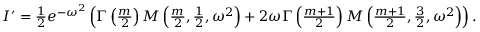
\begin{array} { r } { I ^ { \prime } = \frac { 1 } { 2 } e ^ { - \omega ^ { 2 } } \left( \Gamma \left( \frac { m } { 2 } \right) M \left( \frac { m } { 2 } , \frac { 1 } { 2 } , \omega ^ { 2 } \right) + 2 \omega \Gamma \left( \frac { m + 1 } { 2 } \right) M \left( \frac { m + 1 } { 2 } , \frac { 3 } { 2 } , \omega ^ { 2 } \right) \right) . } \end{array}